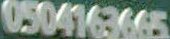
0504163665